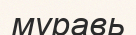
муравь